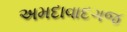
અમદાવાદગજ